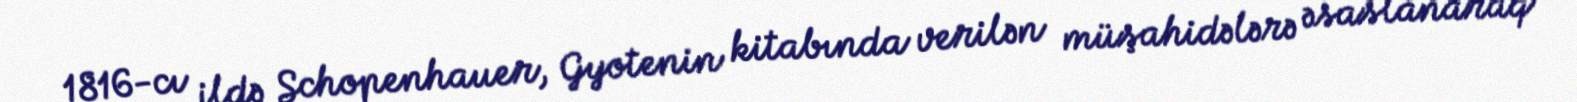
1816-cı ildə Schopenhauer, Gyotenin kitabında verilən müşahidələrə əsaslanaraq